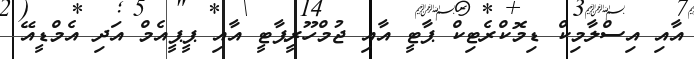
އާއި އިސްލާމިކް ޑިމޮކްރެޓިކް ޕާޓީ އާއި ޖުމްހޫރީޕާޓީ އާއި ޕީޕީއެމް އަދި އެމްޑީއޭ